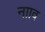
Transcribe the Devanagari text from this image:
नााव